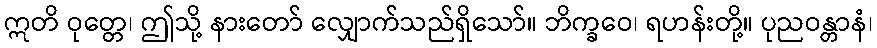
ဣတိ ဝုတ္တေ၊ ဤသို့ နားတော် လျှောက်သည်ရှိသော်။ ဘိက္ခဝေ၊ ရဟန်းတို့။ ပုညဝန္တာနံ၊